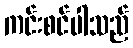
ကင်းစင်ပါသည်